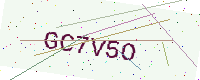
Text: GC7V5O